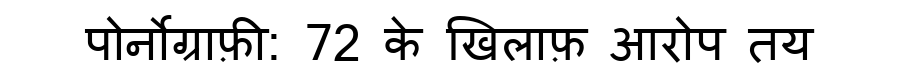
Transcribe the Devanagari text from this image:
पोर्नोग्राफ़ी: 72 के खिलाफ़ आरोप तय